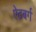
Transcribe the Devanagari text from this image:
ऐटबर्ग